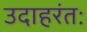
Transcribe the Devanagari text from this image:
उदाहरंतः